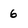
Character: 6